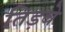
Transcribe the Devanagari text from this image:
तिड़वे